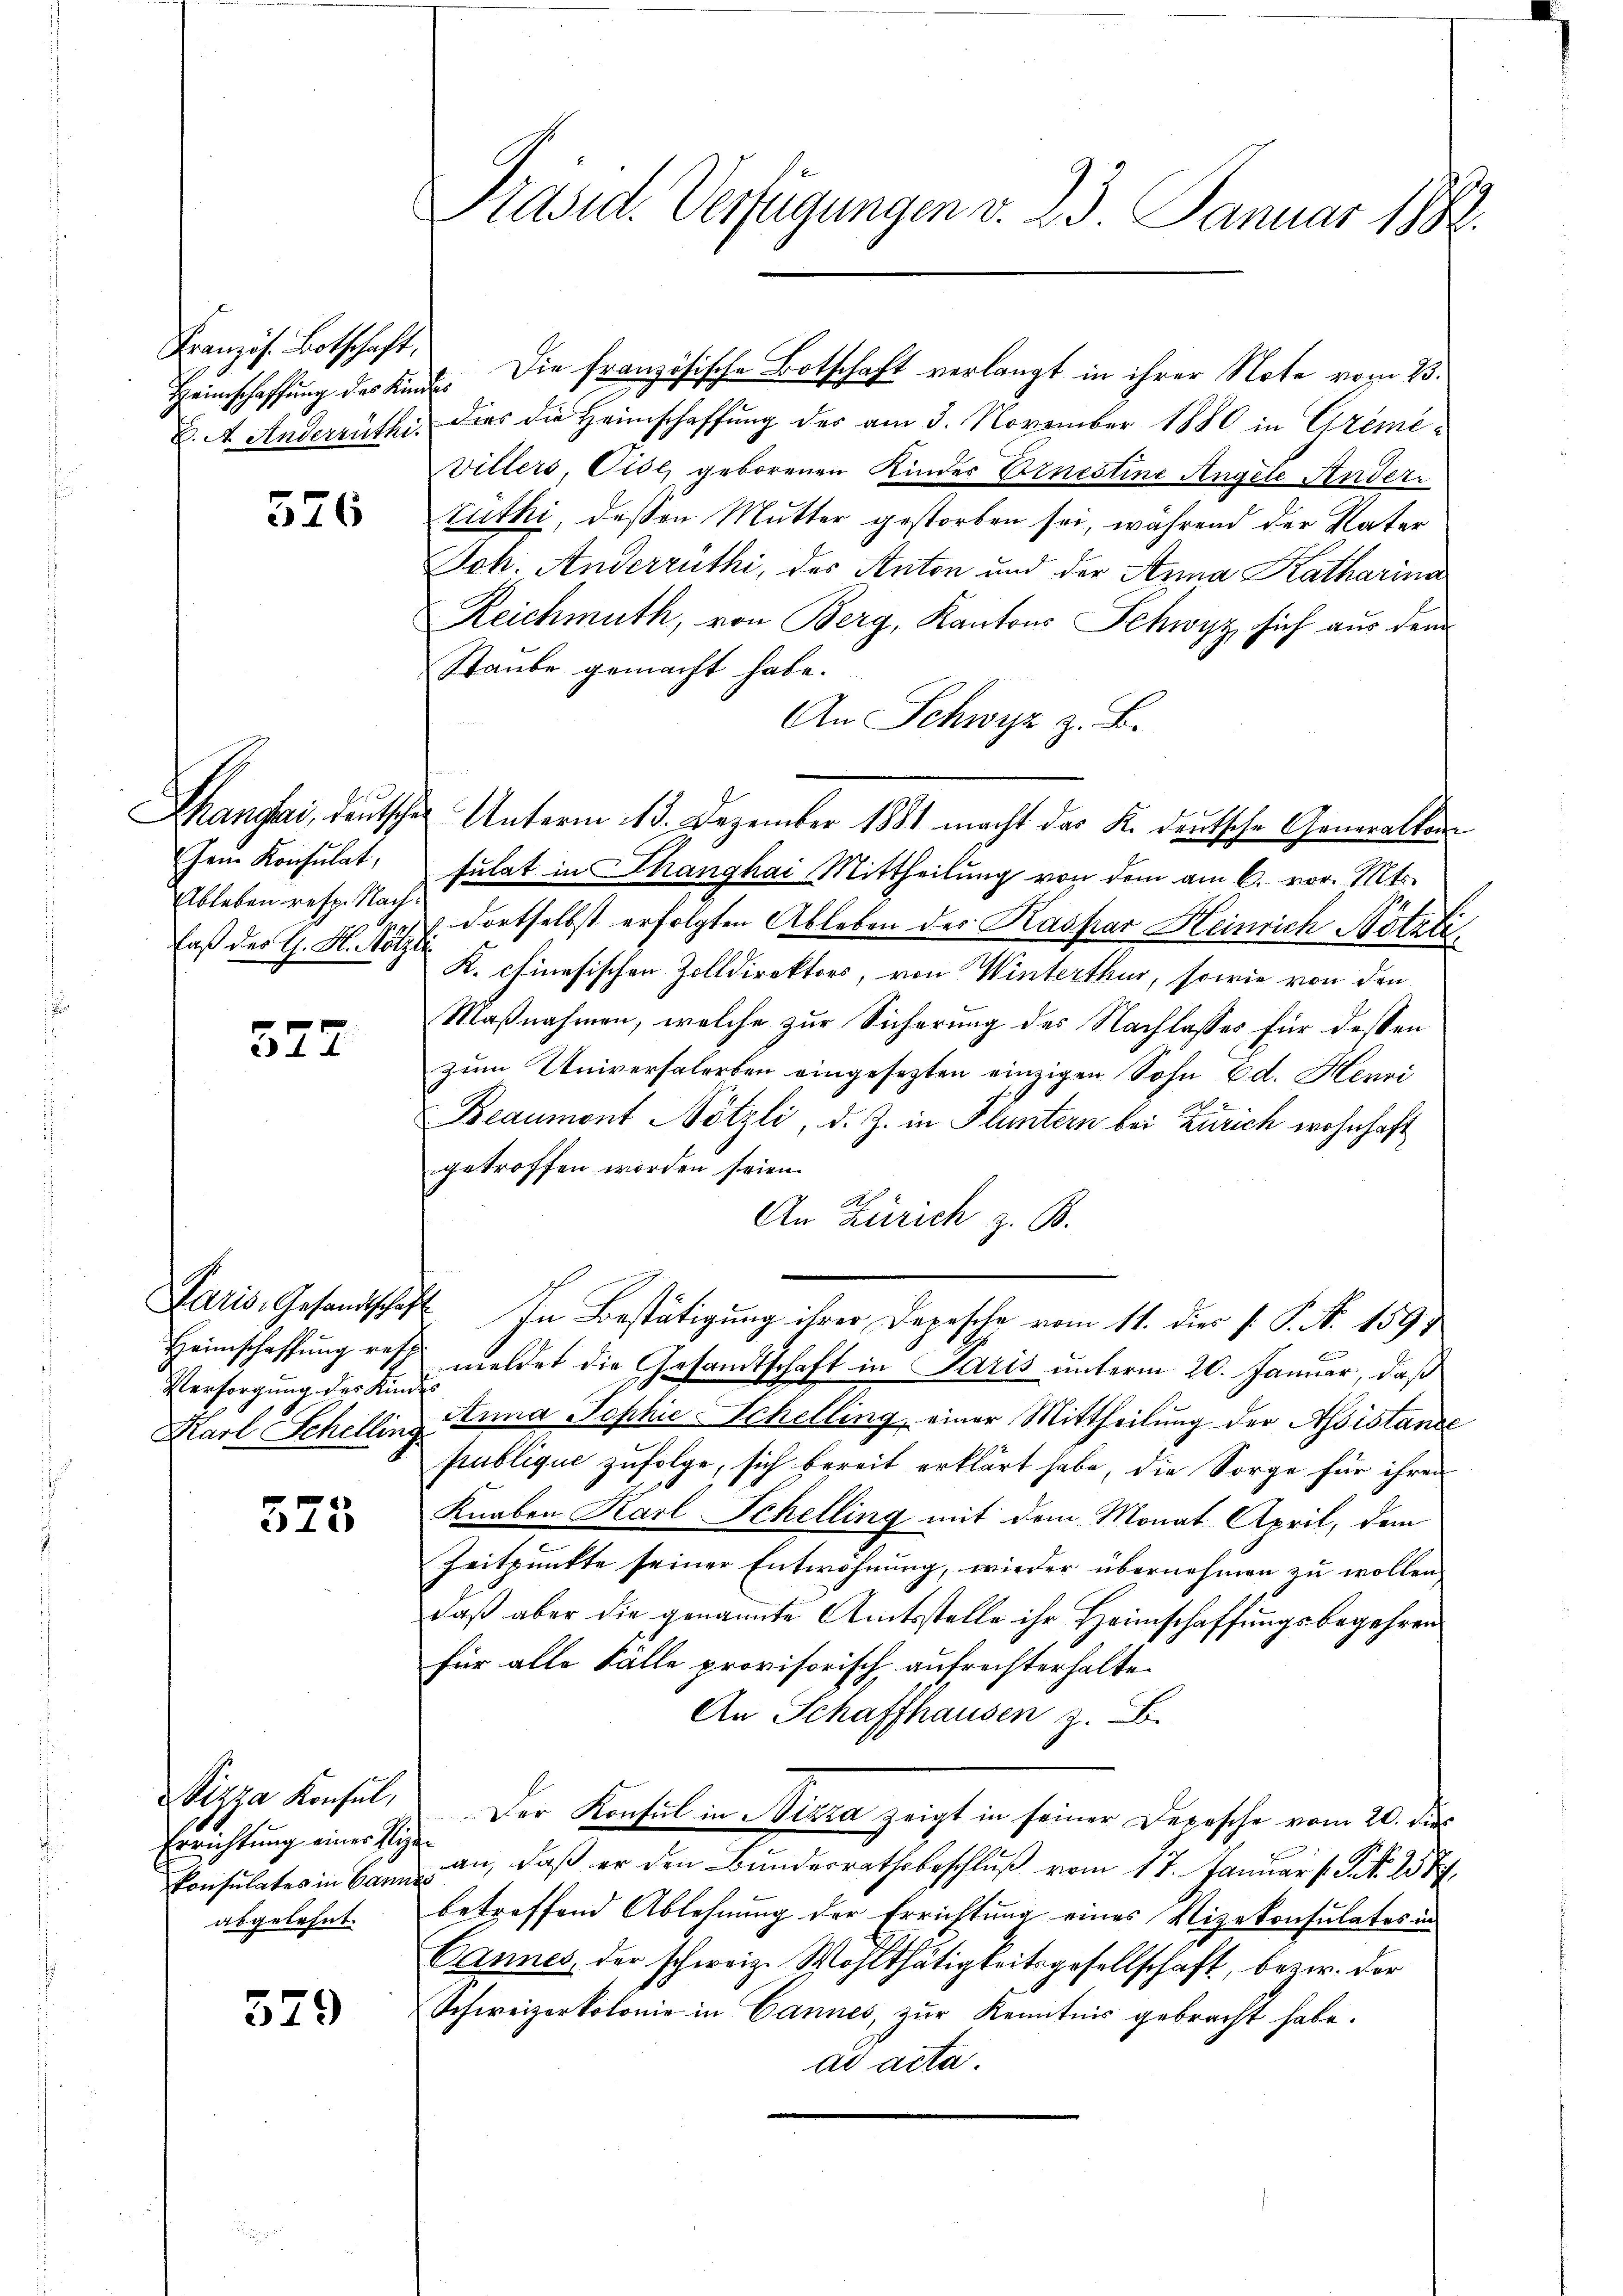
Kranzös. Botschaft

576

hem Konsulat,
Ableben resp. Nachlaß des G. H. Nötzl

327

Versorgung des Kinde

323

Nizza Konsul,
Errichtung einer Plize
abgelehnt.

579

Präsid. Verfügungen v. 23. Januar 188.

Heimschaffung des Kinde. Die französische Botschaft verlangt in ihrer Note vom 23.
K. A. Anderrüthi, dies die Heimschaffung der am 3. November 1880 in Greme¬
Villers, Cise, geborenen Kinder Ernestine Angele Ander
Züthi, dessen Mutter gestorben sei, während der Vater
Joh. Anderruthi, des Anton und der Anna Katharina
Reichmuth, von Berg, Kantons Schwyz, sich aus dem
Staube gemacht habe.
An Schwyz z. B.
Changeri, deutsche Unterm 13. Dezember 1881 macht das K. deutsche Generallensulat in Thanghai Mittheilung von dem am 6. vor. Mts.
dortselbst erfolgten Ableben des Kaspar Heinrich Nötzli
K. chinesischen Zolldirektors, von Winterthur, sowie von den
Maßnahmen, welche zur Sicherung des Nachlasses für dessen
zum Universalerben eingesezten einzigen Sohn Ed. Henri
Beaumont Nötzli, d. J. in Fluntern bei Zürich wohnhaft
getroffen worden seien.
An Zürich z. B.
Paris, Gesandtschaft In Bestätigung ihrer Depesche vom 11. dies s. S. No. 159
Heimschaffung resch meldet die Gesandtschaft in Paris unterm 20. Januar, daß
Karl Schelling Anna Sophie Schelling, einer Mittheilung der Assistande
publique zufolge, sich bereit erklärt habe, die Sorge für ihren
Knaben Karl Schelling mit dem Monat April, dem
Zeitpunkte seiner Entwöhnung, wieder übernehmen zu wollen.
daß aber die genannte Amtsstelle ihr Heimschaffungsbegehren
für alle Fälle provisorisch aufrechterhalte
An Schaffhausen z. B.
Der Konsul in Nizza zeigt in seiner Depesche vom 20. die
Consulates in an an, daβ er den Bŭndesrathsbeschlŭβ vom 17. Januar 1 Frk. 258.
betreffend Ablehnung der Errichtung eines Vizekonsulates in
Cannes, der schweiz. Wohlthätigkeitsgesellschaft, bezw. der
Schweizerkolonie in Cannes, zur Kenntnis gebracht habe.
ad acta.